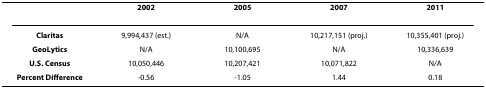
|  | 2002 | 2005 | 2007 | 2011 |
 | --- | --- | --- | --- | --- |
 | Claritas | 9,994,437 (est.) | N/A | 10,217,151 (proj.) | 10,355,401 (proj.) |
 | GeoLytics | N/A | 10,100,695 | N/A | 10,336,639 |
 | U.S. Census | 10,050,446 | 10,207,421 | 10,071,822 | N/A |
 | Percent Difference | -0.56 | -1.05 | 1.44 | 0.18 |